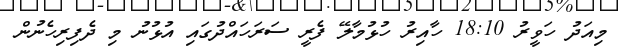
މިއަދު ހަވީރު 18:10 ހާއިރު ހުޅުމާލޭ ފެރީ ސަރަހައްދުގައި އުޅުނު މި ދެފިރިހެނުން